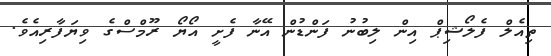
ތިއެލް ފެލޯޝިޕް އިން ލިބުނު ފަންޑުން އޭނާ ފެށީ އޯޔޯ ރޫމްސްގެ ވިޔަފާރިއެވެ.